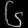
Digit: ၆